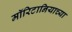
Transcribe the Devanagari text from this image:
मॉरिटानियाच्या